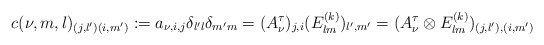
\begin{align*}c(\nu ,m,l)_{(j,l')(i,m')}:=a_{\nu ,i,j}\delta_{l'l}\delta_{m'm}=(A_{\nu}^\tau )_{j,i}(E_{lm}^{(k)})_{l',m'}=(A_{\nu}^\tau \otimes E_{lm}^{(k)})_{(j,l'),(i,m')}\end{align*}